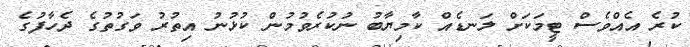
ކުރެ އެއްވެސް ޓީމަކަށް ލަނޑެއް ކާމިޔާބު ނުކުރެވުމުން ކުޅުނު އިތުރު ވަގުތުގެ ދެހާފުގެ